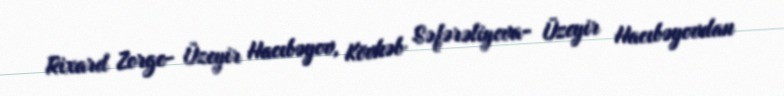
Rixard Zorge- Üzeyir Hacıbəyov, Kövkəb Səfərəliyeva- Üzeyir Hacıbəyovdan